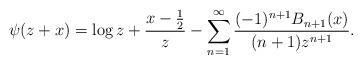
LaTeX: \begin{align*}\psi(z+x)=\log z+\frac{x-\frac{1}{2}}{z}-\sum_{n=1}^{\infty}\frac{(-1)^{n+1}B_{n+1}(x)}{(n+1)z^{n+1}}.\end{align*}